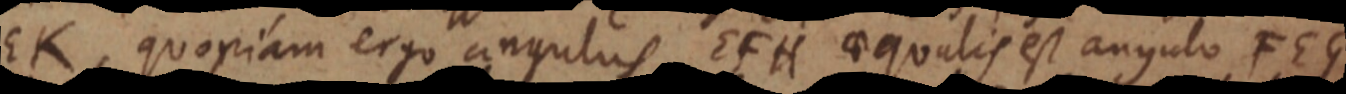
EK, quoniam ergo angulus EFH aequalis est angulo FEG